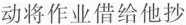
动将作业借给他抄